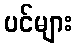
ပင်များ